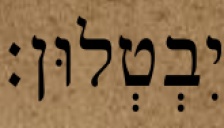
יִבְטְלוּן׃